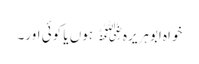
خواہ ابوہریرہ﷜ ہوں یا کوئی اور۔